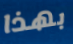
بهذا